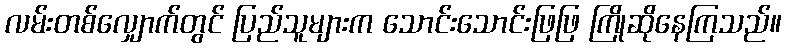
လမ်းတစ်လျှောက်တွင် ပြည်သူများက သောင်းသောင်းဖြဖြ ကြိုဆိုနေကြသည်။